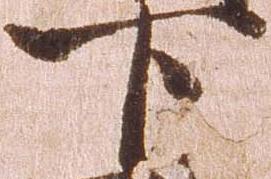
下